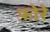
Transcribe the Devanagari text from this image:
फ़ोरे